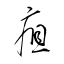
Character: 疸